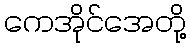
ကေအိုင်အေတို့